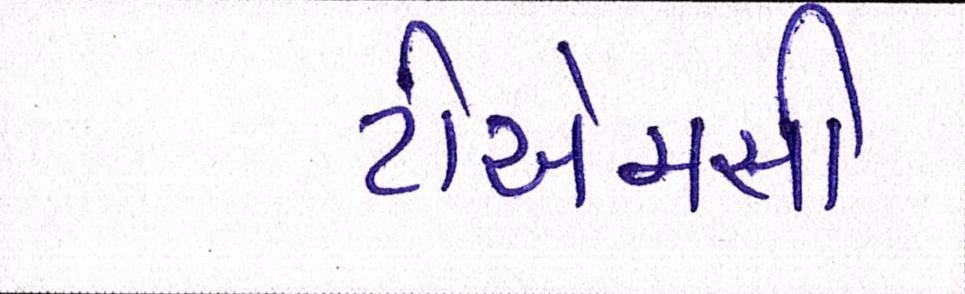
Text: ટીએમસી